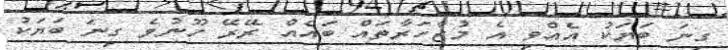
ގިނަ ބަޔަކު އެއްވި އެ މުޒާހަރާތައް ބައެއް ރޭރޭ ހޫނުވެ ގިނަ ބަޔަކު